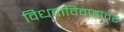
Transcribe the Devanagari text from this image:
विधवाविवाहावर